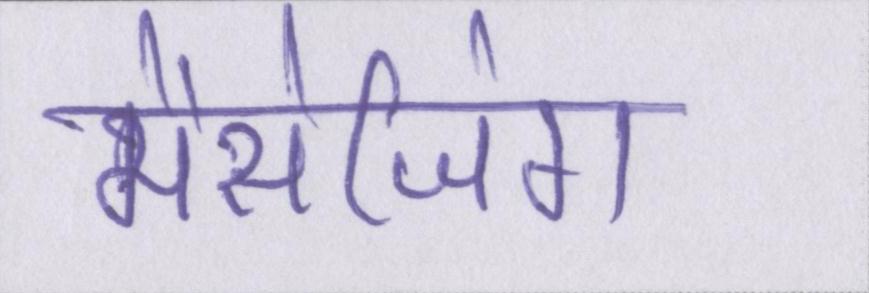
मैसेजिंग